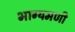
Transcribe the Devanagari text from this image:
भाग्यमणी